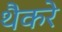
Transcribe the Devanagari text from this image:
थैैकरे